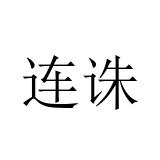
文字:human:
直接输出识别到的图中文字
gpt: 连诛